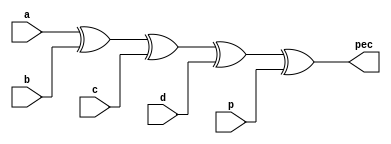
`timescale 1ns / 1ps

module parity_bit_checker(
input a,b,c,d,p,
output pec
    );
assign pec=a^b^c^d^p;
endmodule